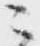
ニ